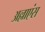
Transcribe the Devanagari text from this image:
अल्लाएंस